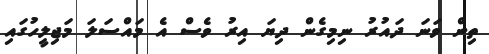
ތިން ވަނަ ދައުރު ނިމިގެން ދިޔަ އިރު ވެސް އެ މައްސަލަ މަޖިލީހުގައި